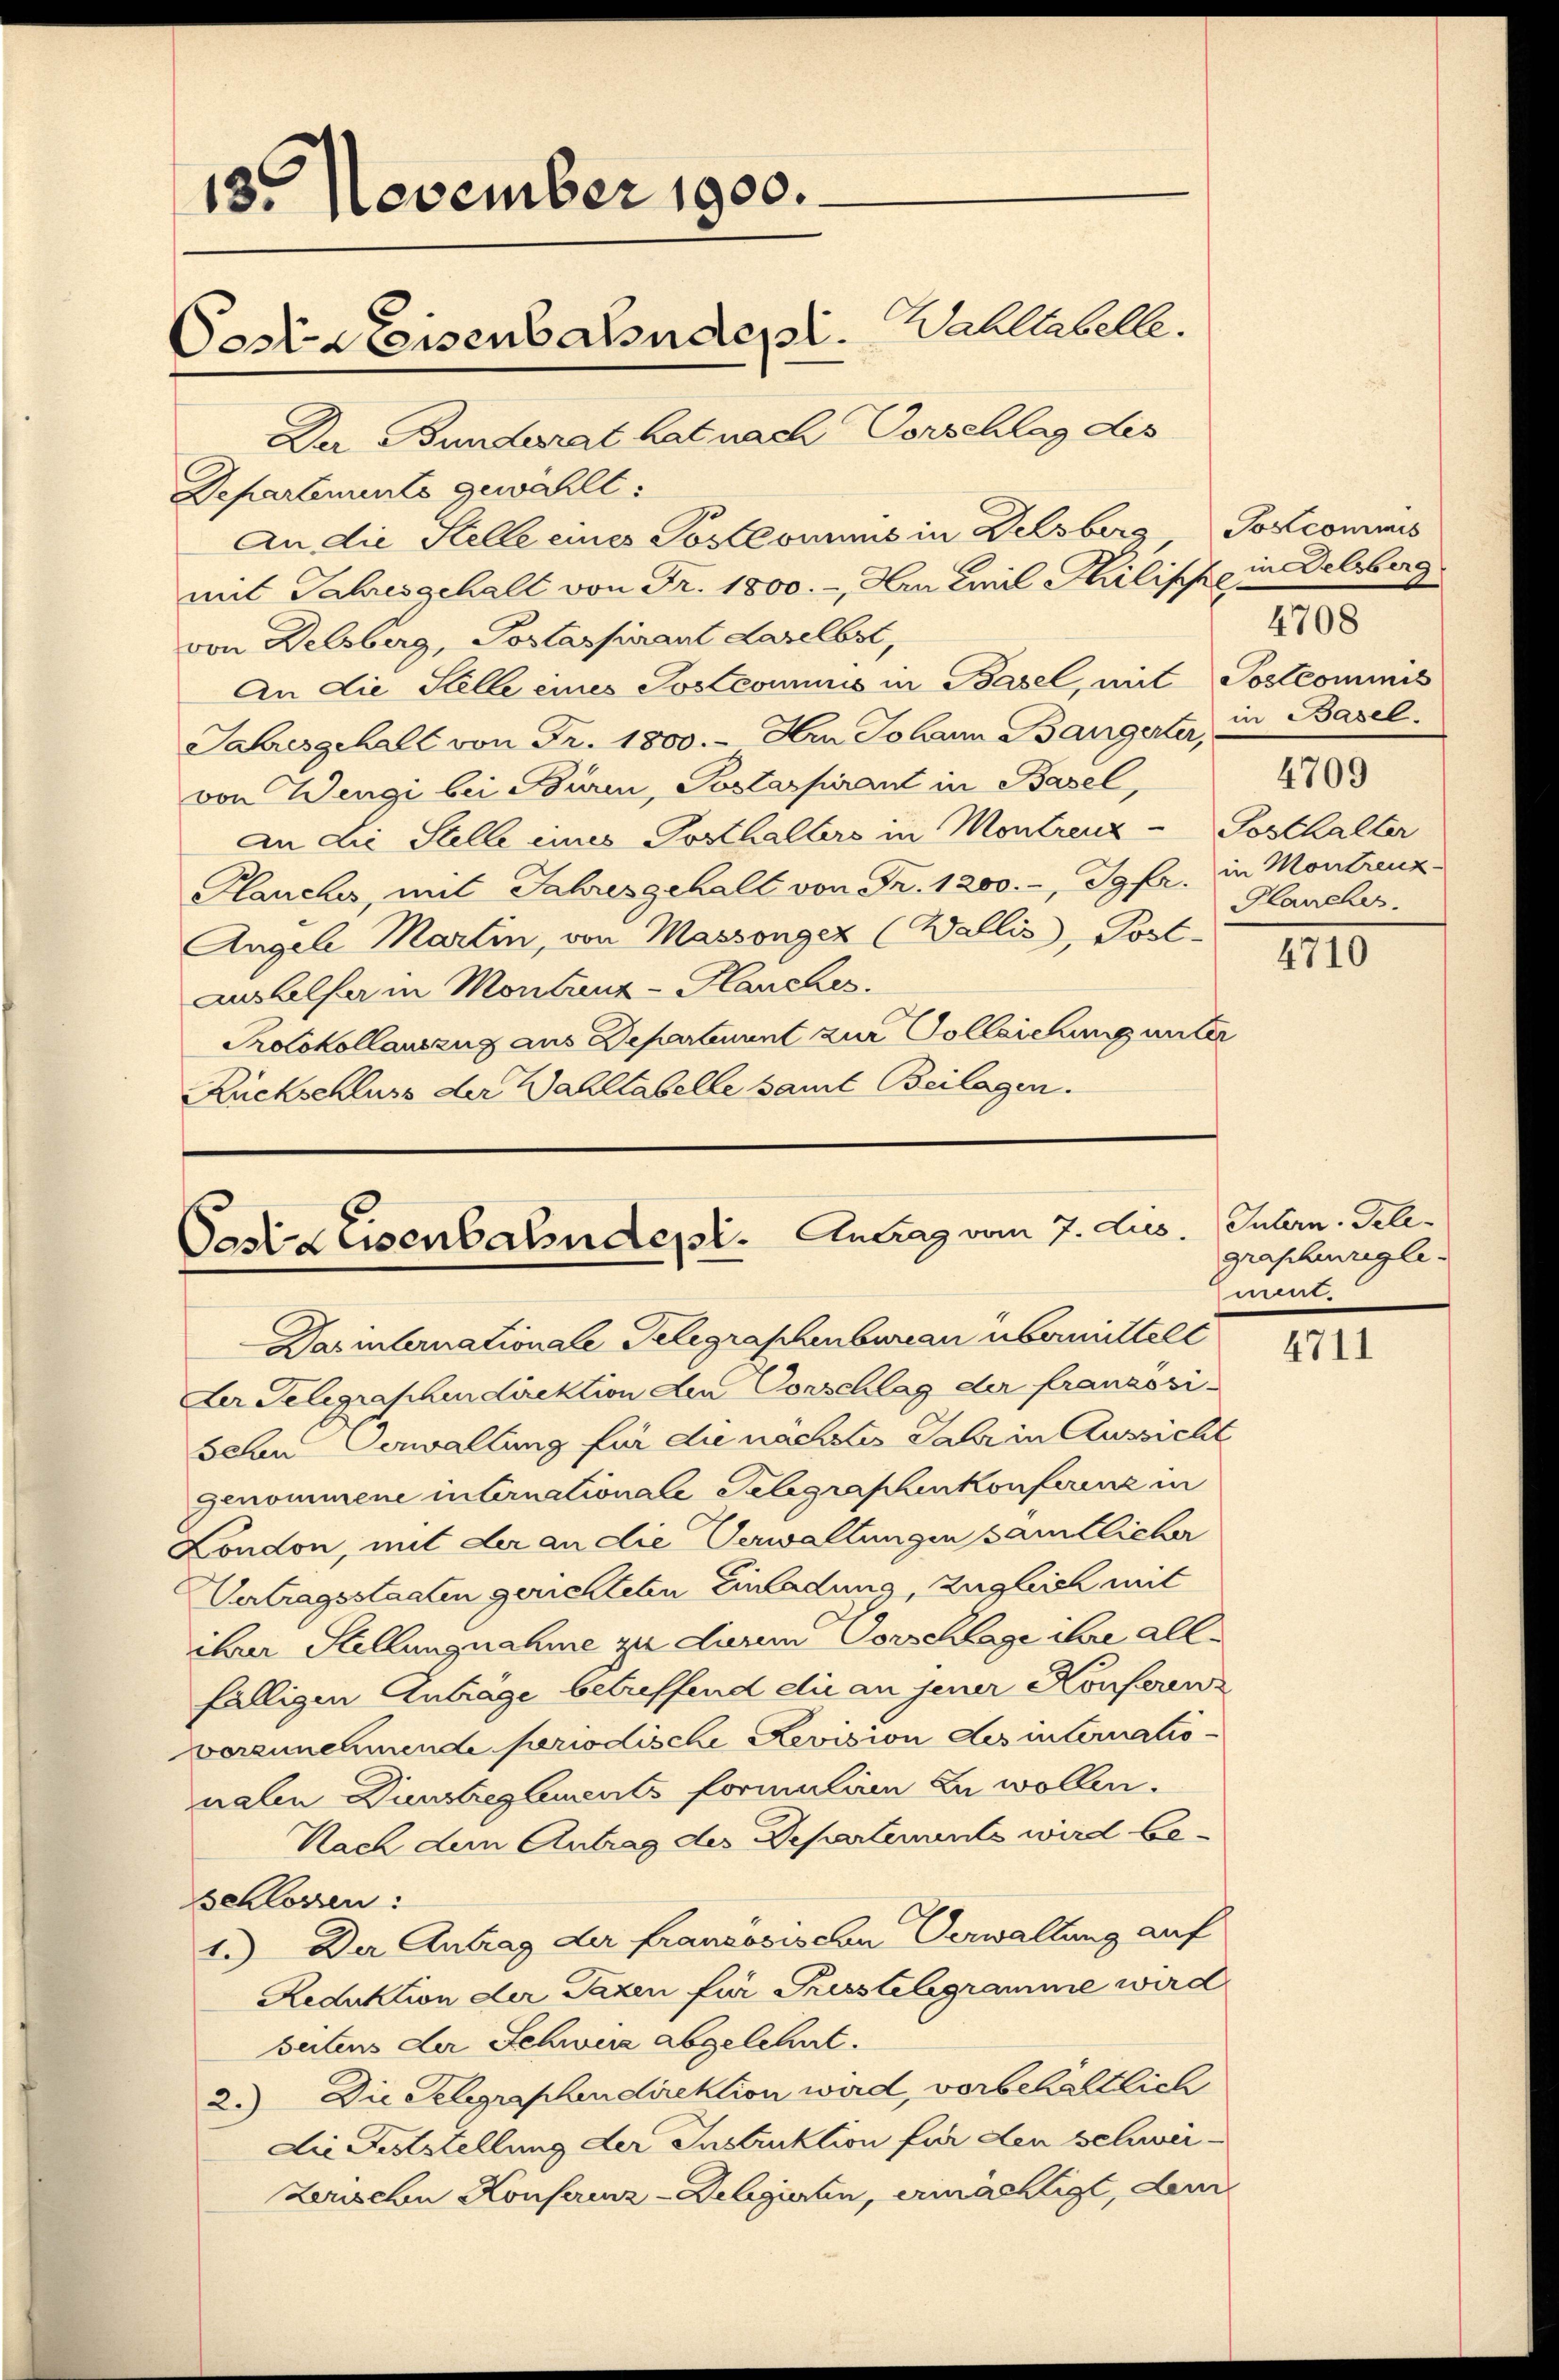
13. November 1900.
Wahltabelle.
Costa Eisenbahndepl.
Dar Bunderat hat nach Vorschlag des

Departements gewählt:
An die Stelle eines Postcommis in Delsberg Soscommis
mit Jahresgehalt von Fr. 1800.-, Her Emil Philischein Delsberg
von Delsberg, Poslaspirant daselbst,
An die Stelle eines Postcommis in Basel, mit Postcommis
Jahresgehalt von Fr. 1800.- Hrn Johann Bangerte, in Basel.
von Wengi bei Büren, Postaspirant in Basel,
An Lie Stelle eines Posthalters in Montrenz Posthalter
Planches, mit Jahresgehalt von Fr. 1200.-, Jgfr. Glanches.
Angele Martin, von Massengez (Wallis, Post-
Aushelfer in Montanz - Hanches.
Protokollauszug aus Departement zur Vollziehung unter
Ruckschluss der Wahltabelle samt Beilagen.

Can-Eisenbahndept. Antrag vom 7. Lus. Gubern. Tele¬
Das internationale Telegraphenbureau übermittelt

Der Telegraphendirektion den Vorschlag der französi-
sehn Verwallung für die nächstes Jahr in Aussicht
genommene internationale Telegraphenkonferenz in
London, mit der an die Verwaltungen sämtlicher
Vertragsstaaten gerichteten Einladung, zugleich mit
ihrer Stellungnahme zu derem Vorschlage ihre allfälligen Antrage betreffend die an jener Konferen
vorzunehmende Periodische Revision des internationalen Dunstreglements formuliren zu wollen.
Nach dem Antrag des Departements wird be¬
Schlossen:
1.) Der Antrag der franzosischen Verwaltung auf
Reduktion der Taxen für Presstelegramme wird
setens der Schwere abgelehnt.
2.) Die Gelegraphendirektion wird, vorbehältlich
Die Feststellung der Instruktion für den schwei¬
Zerischen Konferenz-Delgierten, ermächtigt, den

4708
4709
in Montreuz

III

grapheuregle-
m.

4711